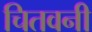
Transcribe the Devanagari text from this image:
चितवनी